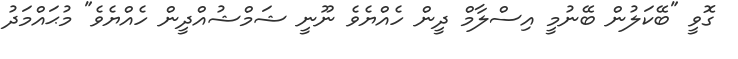
ގޮވީ "ބޭކަލުން ބޭނުމީ އިސްލާމް ދީން ހެއްޔެވެ ނޫނީ ޝަމްޝުއްދީން ހެއްޔެވެ" މުޙައްމަދު